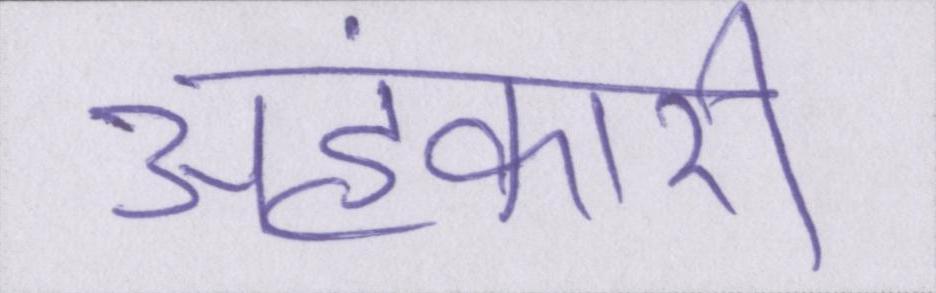
अहंकारी